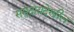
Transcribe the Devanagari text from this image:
समुदायदेखील